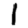
Digit: 1